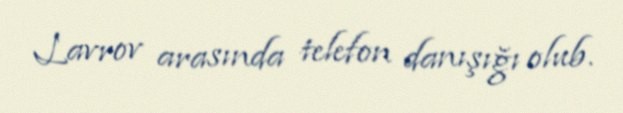
Lavrov arasında telefon danışığı olub.